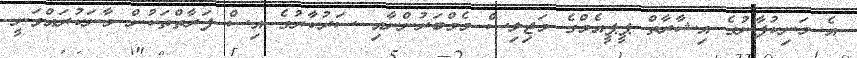
އެ މަނިކުފާނުގެ އިޝާރާތް ޕީޕީއެމްގެ މަޖިލިސް މެމްބަރުންނާއި ސަރުކާރުގެ އިސް ފަރާތްތަކުން މާނަކުރައްވަނީ